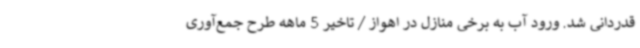
قدردانی شد. ورود آب به برخی منازل در اهواز / تاخیر 5 ماهه طرح جمع‌آوری